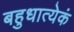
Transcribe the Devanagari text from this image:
बहुधात्येकं